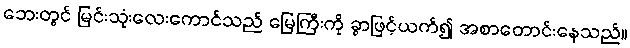
ဘေးတွင် မြင်းသုံးလေးကောင်သည် မြေကြီးကို ခွာဖြင့်ယက်၍ အစာတောင်းနေသည်။